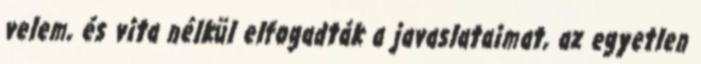
velem, és vita nélkül elfogadták a javaslataimat, az egyetlen